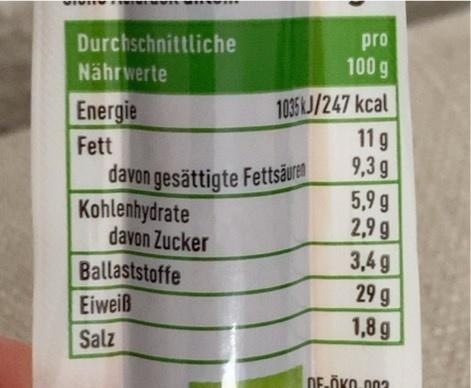
pro
Durchschnittliche Nährwerte
100 g
1035 kJ/247 kcal 11g 9,3 g
Energie
Fett
davon gesättigte Fettsäuren
5,9 g 2,9 g 3,4 g 29 g
Kohlenhydrate davon Zucker
Ballaststoffe Eiweiß
1,8 g
Salz
DE.ÖKO.003